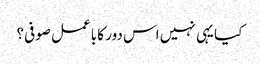
کیا یہی نہیں اس دور کا باعمل صوفی؟